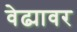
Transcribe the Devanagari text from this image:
वेढ्यावर